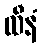
ထီနံ